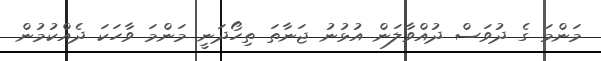
މަންމަ ގެ ދުވަސް ދުއްވާލަން އުޅުނު ޖަނާތަ ތިހޯދަނީ މަންމަ ވާހަކަ ދެއްކުމުން